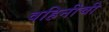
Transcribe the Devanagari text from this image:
वहिनीची